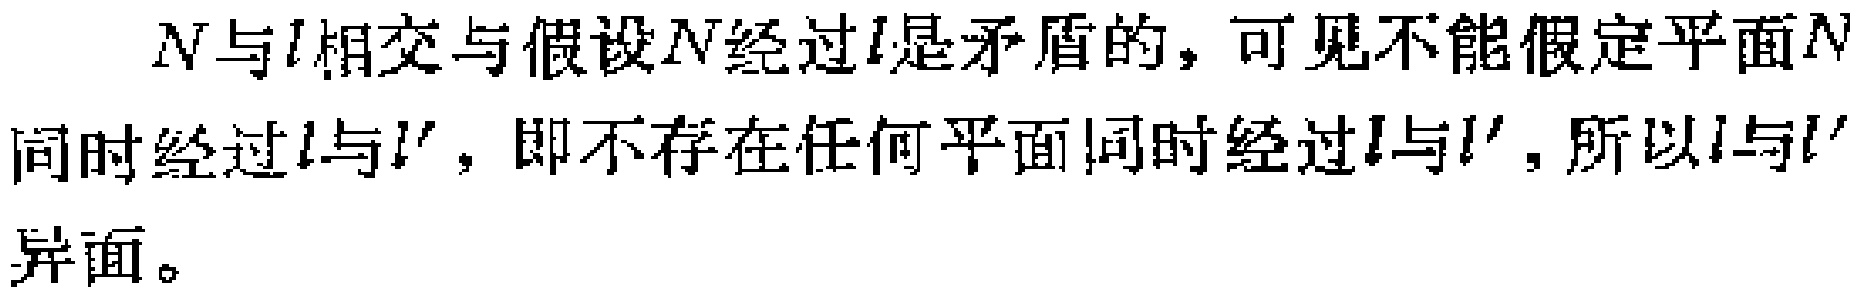
$N$与$l$相交与假设$N$经过$l$是矛盾的，可见不能假定平面$N$同时经过$l$与$l'$，即不存在任何平面同时经过$l$与$l'$，所以$l$与$l'$异面。